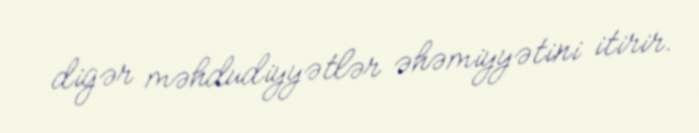
digər məhdudiyyətlər əhəmiyyətini itirir.